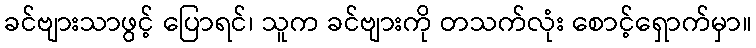
ခင်ဗျားသာဖွင့် ပြောရင်၊ သူက ခင်ဗျားကို တသက်လုံး စောင့်ရှောက်မှာ။